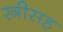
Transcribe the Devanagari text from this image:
स्त्रीसह